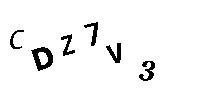
CDZ7V3